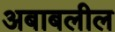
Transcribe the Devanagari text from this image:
अबाबलील